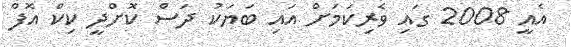
އެއީ 2008 ގައި ވެރިކަމަށް އައި ބަޔަކު ދަސް ކޮށްދީ ކިކް އޮފް